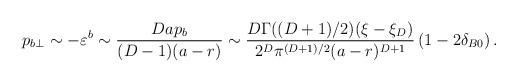
LaTeX: \begin{align*}p_{b\perp }\sim -\varepsilon ^b\sim \frac{D a p_b}{(D-1)(a-r)}\sim \frac{D\Gamma ((D+1)/2)(\xi -\xi _{D})}{2^{D}\pi^{(D+1)/2}(a-r)^{D+1}}\left( 1-2\delta _{B0}\right) .\end{align*}